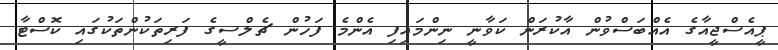
ޕީއެސްޖީއާގެ އެއްބަސްވުން އާކުރަން ކަވާނީ ނިންމައިފި އެންމެ ފަހުން ޗެލްސީގެ ފަރިތަކުންތަކުގައި ކޮސްޓާ